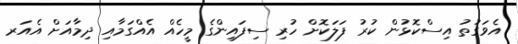
އެވަގުތު އިސްކޮޅުން ކުރު ފަލަކޮށް ހުރި ސިފައިންގެ މީހެއް އެއްގަމާއި ދިމާއަށް އެއަރ